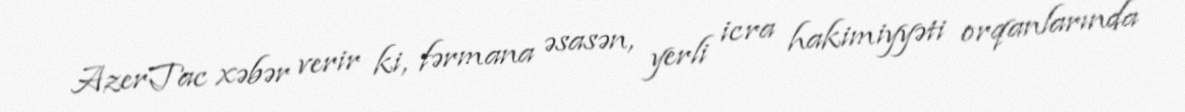
AzerTac xəbər verir ki, fərmana əsasən, yerli icra hakimiyyəti orqanlarında